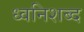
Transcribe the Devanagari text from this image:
ध्वनिशब्द